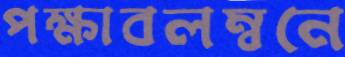
পক্ষাবলম্বনে